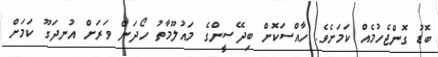
ބޮޑު ގޮންޖެހުމެއް ކަމަށެވެ. ހާއްސަކޮށް ބިދޭސީންގެ މައުލޫމާތު ހޯދަން ވަރަށް އުނދަގޫ ކަމަށް